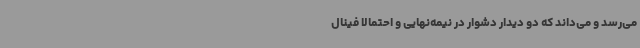
می‌رسد و می‌داند که دو دیدار دشوار در نیمه‌نهایی و احتمالا فینال